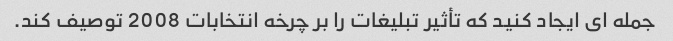
جمله ای ایجاد کنید که تأثیر تبلیغات را بر چرخه انتخابات 2008 توصیف کند.